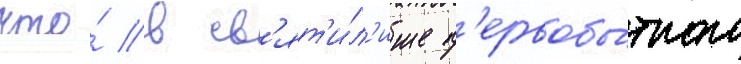
что́ в св'ят'и́л'ище п'ервобы́тного